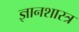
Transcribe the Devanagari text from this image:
ज्ञानशास्त्र